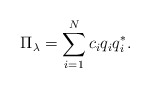
\begin{align*}\Pi_\lambda = \sum_{i=1}^N c_iq_iq_i^*.\end{align*}